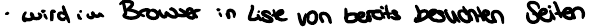
wird im Browser in Liste von bereits besuchten Seiten